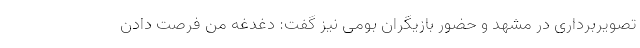
تصویربرداری در مشهد و حضور بازیگران بومی نیز گفت: دغدغه من فرصت دادن